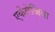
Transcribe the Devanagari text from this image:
एकेलेज़िया